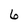
Character: 6